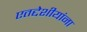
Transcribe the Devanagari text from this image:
एतद्देशीयांना